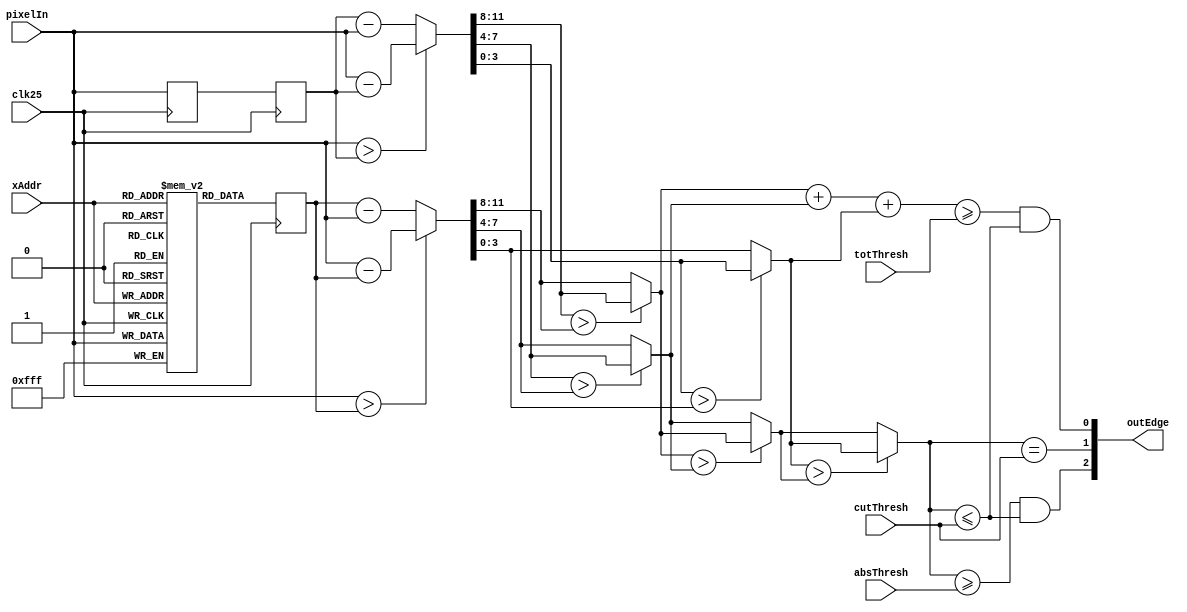
module Sobel_Edge_Detection(
    input [9:0]  xAddr,
    input [11:0] pixelIn,
    input        clk25,
    // threshold values to display RGB colors at.  Will show a pixel if
    // value is above colorThresh and below cutThresh
    input [3:0] cutThresh,
    input [3:0] absThresh,
    input [3:0] totThresh,
    
    output [2:0] outEdge
    );
    
    wire [3:0] pixelR = pixelIn[11:8];
    wire [3:0] pixelG = pixelIn[7:4];
    wire [3:0] pixelB = pixelIn[3:0];
    
    reg [11:0] prevLine [639:0];
    reg [11:0] prevXPixel;
    reg [11:0] currPixelReg;
    wire [11:0] currPixel = {pixelR, pixelG, pixelB};
    reg [11:0] prevYPixel;
    always@(posedge clk25) begin
        prevLine[xAddr] <= currPixel;
        prevYPixel <= prevLine[xAddr];
        currPixelReg <= currPixel;
        prevXPixel <= currPixelReg;
    end

    // get X and Y difference
    wire [11:0] diffX = (currPixel > prevXPixel) ? (currPixel - prevXPixel) : (prevXPixel - currPixel);
    wire [11:0] diffY = (currPixel > prevYPixel) ? (currPixel - prevYPixel) : (prevYPixel - currPixel);
    
    // difference in each direction for each pixel
    wire [11:0] maxDiffA;
    assign maxDiffA[11:8] = (diffX[11:8] > diffY[11:8]) ? diffX[11:8] : diffY[11:8];
    assign maxDiffA[7:4]  = (diffX[7:4]  > diffY[7:4])  ? diffX[7:4]  : diffY[7:4];
    assign maxDiffA[3:0]  = (diffX[3:0]  > diffY[3:0])  ? diffX[3:0]  : diffY[3:0];
    
    // get the maximum difference.
    wire [3:0] maxDiffB = (maxDiffA[11:8] > maxDiffA[7:4]) ? maxDiffA[11:8] : maxDiffA[7:4];
    wire [3:0] maxDiff  = (maxDiffA[3:0]  > maxDiffB)      ? maxDiffA[3:0]  : maxDiffB;
    
    wire [5:0] totDiff = maxDiffA[11:8] + maxDiffA[7:4] + maxDiffA[3:0];
    
    wire passCutoff =  maxDiff <= cutThresh;
    // red   = max(diff(R), diff(G) ,diff(B)) >= absThresh (SW[11:8])
    // green = max(diff(R), diff(G) ,diff(B)) == cutThresh (SW[15:12])
    // blue  = diff(R) + diff(G) + diff(B)    >= totThresh (SW[7:4])
    wire redEdge    = (maxDiff >= absThresh) && passCutoff;
    wire greenEdge  = (maxDiff == cutThresh);
    wire blueEdge   = (totDiff >= totThresh) && passCutoff;

    assign outEdge = {redEdge, greenEdge, blueEdge};
endmodule